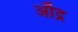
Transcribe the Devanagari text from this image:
ऒद्र